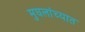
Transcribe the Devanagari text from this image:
मुघलांच्यात